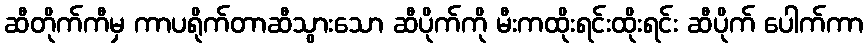
ဆီတိုက်ကီမှ ကာပရိုက်တာဆီသွားသော ဆီပိုက်ကို မီးကထိုးရင်းထိုးရင်း ဆီပိုက် ပေါက်ကာ